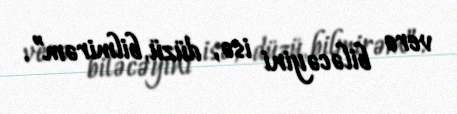
verə biləcəyini isə, düzü, bilmirəm”.